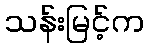
သန်းမြင့်က